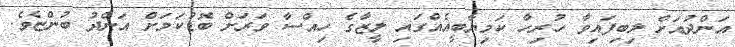
އަންދުއަށް ލިބިފައިވާ ހުރިހާ ކަމިޔާބީއެއްގައި ލީޒާގެ ހިއްސާ ވަރަށް ބޮޑުކަމަށް އަންދު ބުންޏެވެ.